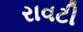
રાવટી